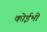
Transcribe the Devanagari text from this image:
कोईभी